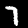
Digit: 7